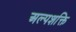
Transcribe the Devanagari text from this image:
अल्पशक्ति